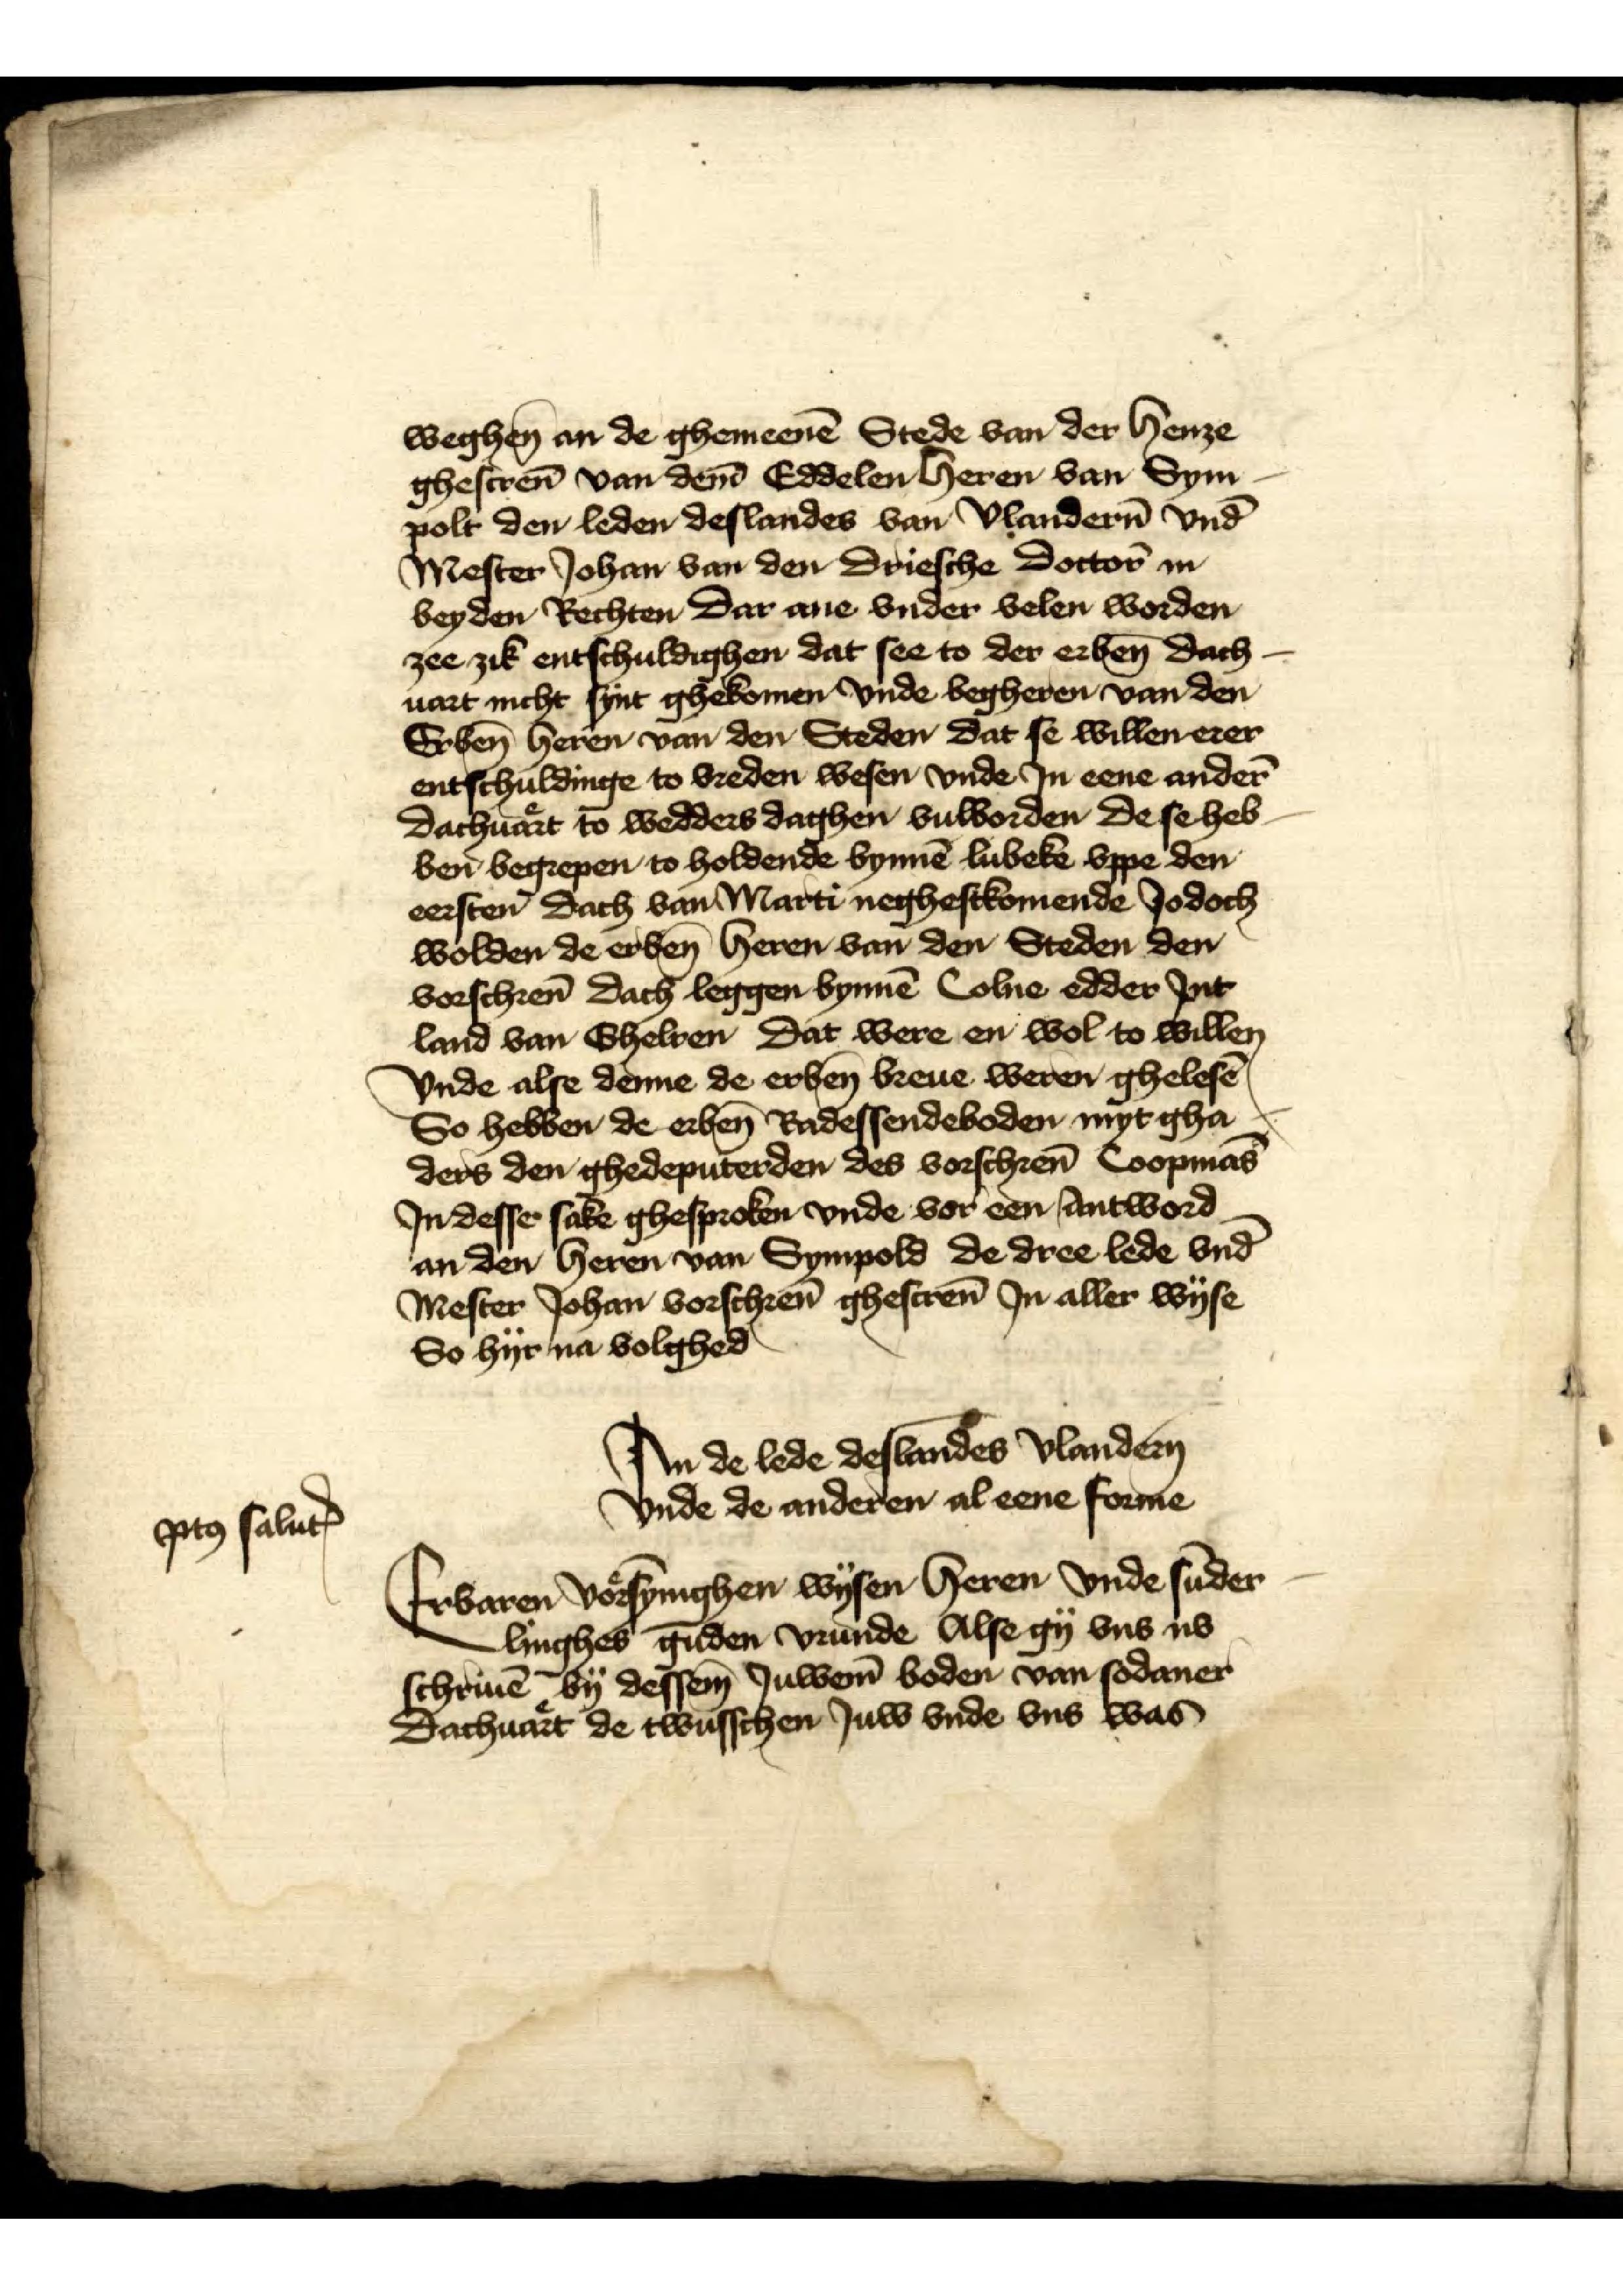
pto̧ salutꝬ

weghen̄ an de ghemeenē Stede van der henze 
ghescrēn van dem̄ Eddelen heren van Sym¬ 
polt den leden deslandes van Vlander̉n vnd̄ 
Mester Johan van den Driesche Doctor̄ in 
beyden Rechten dar ane vnder velen worden
zee zik entschuldighen dat see to der erben̄ dach¬ 
uart nicht synt ghekomen vnde begheren van den
Seben̄ heren van den Steden dat se willen erer
entschuldinge to vreden wesen vnde Jn eene ander̉ 
dachuart to wedders daghen vulworden de se heb¬
be begrepen, to holdende bynnē Lubeke vppe den 
eersten dach van Marti neghesckomende Jodoch
wolden de erben̄ heren van den Steden den 
vorschrēn dach leggen bynnē Colne edder Jnt 
land van Ghelren dat were en wol to willen
Vnde alse denne de erben̄ breue weren ghelesē 
So hebben de erben̄ Radessendeboden myt gha¬ 
ders den ghedeputerden des vorschrēn Coopmās 
Jn desse sake ghesproken vnde vor een antword
an den heren van Sympold de dree lede vnd
Mester Johan vorschrēn ghescrēn Jn aller wyse 
So hyr na volghed

An de lede deslandes Vlander̉n
Vnde de anderen al eene forme
Erbaren vorsynghen wysen heren vnde sūder
linghes guden vrunde Alse gy vns ub
schriuē by dessem Juwern̄ boden van sodaner 
dachuart de twusschen Juw vnde vns was